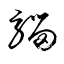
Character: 驑